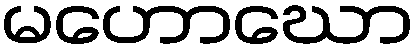
မဟောဃော